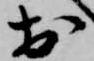
於